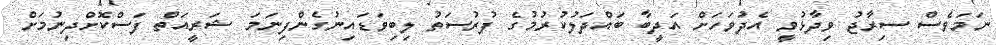
ނަމަވެސް ސިރާޖު ވިދާޅުވީ އެދުވަހަށް އަދީބާ ބައްދަލުކުރުމުގެ ފުރުސަތު ލިބިވަޑައިނުގެންފިނަމަ ޝަރީއަތް ފަސްކޮށްދިނުމަށް